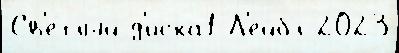
Св'е́тлый д'иска1 Л'ейбл 2023